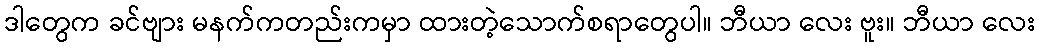
ဒါတွေက ခင်ဗျား မနက်ကတည်းကမှာ ထားတဲ့သောက်စရာတွေပါ။ ဘီယာ လေး ဗူး။ ဘီယာ လေး